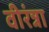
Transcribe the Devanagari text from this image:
वीरंन्ना